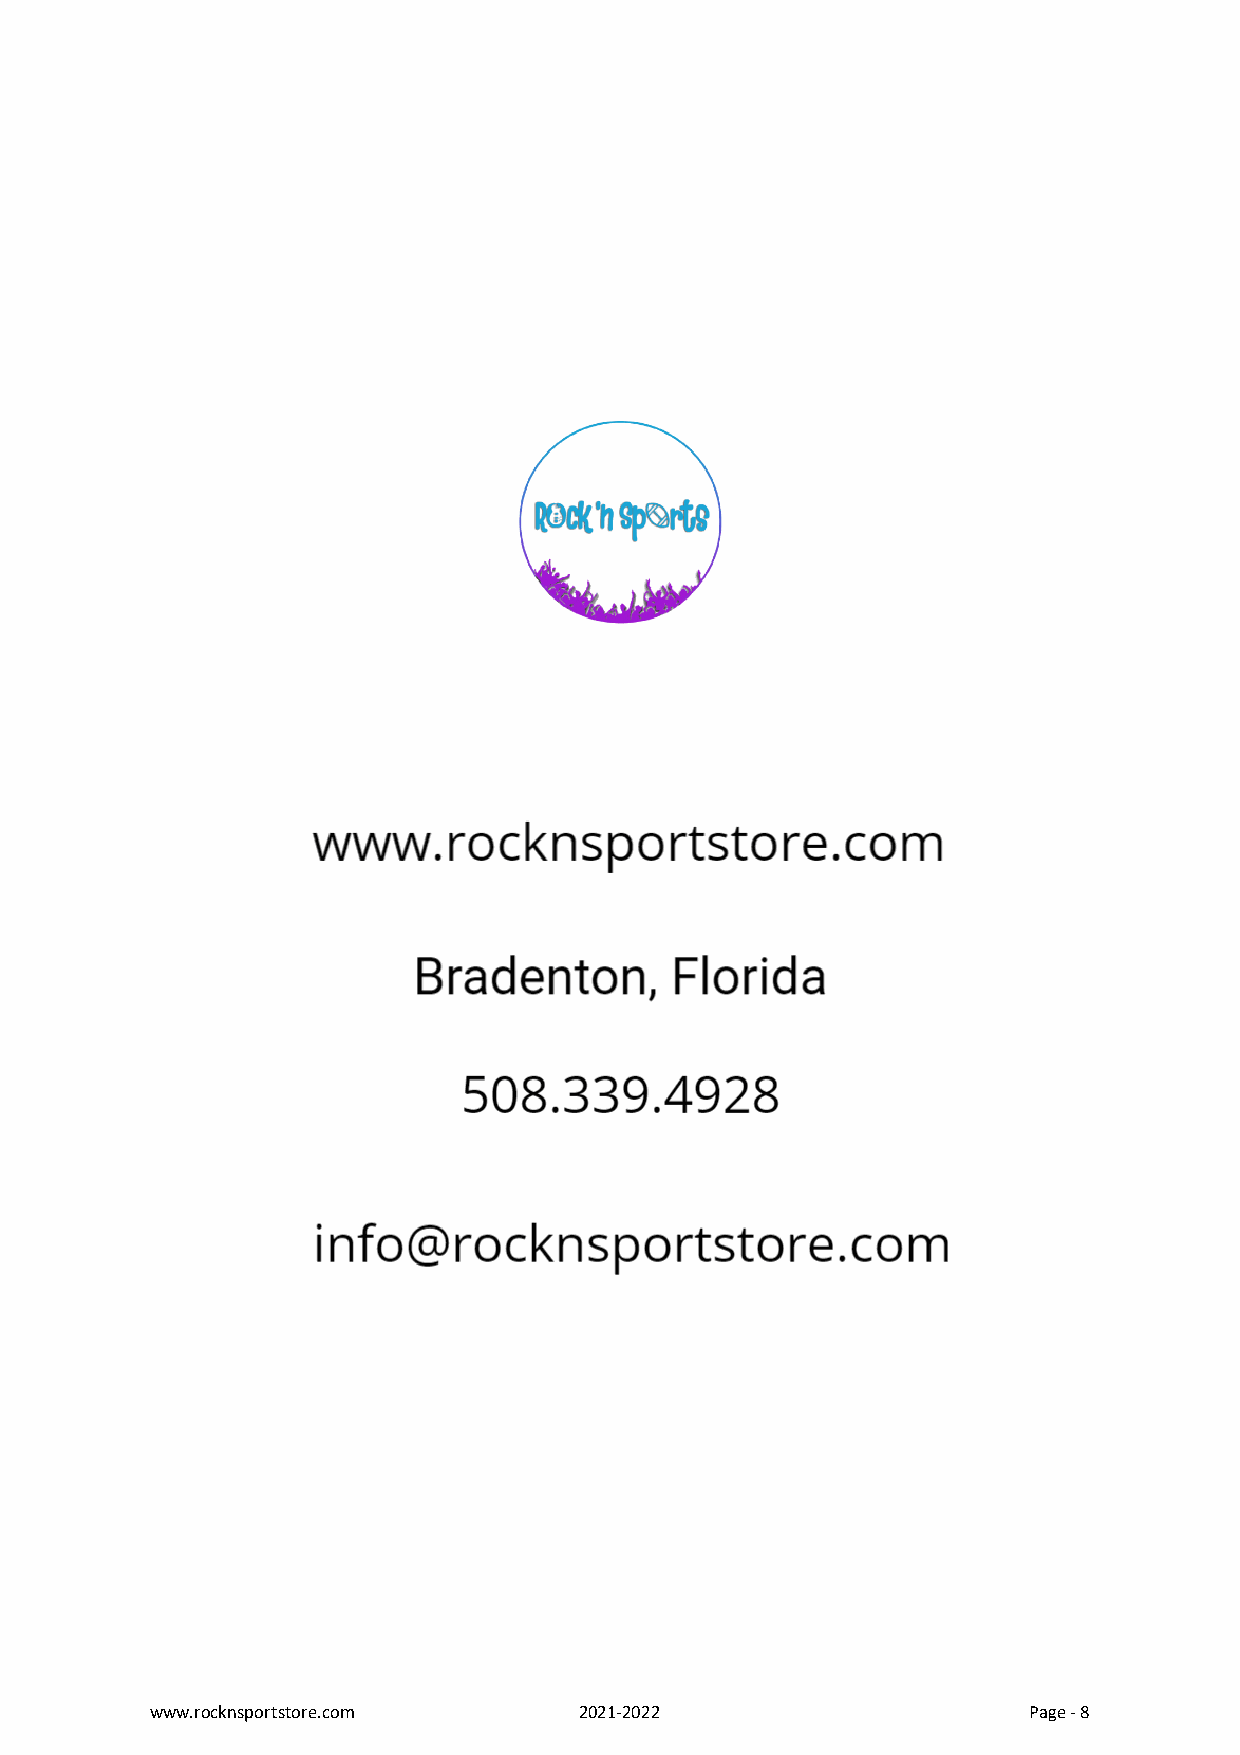
www.rocknsportstore.com     2021-2022                     Page - 8